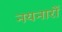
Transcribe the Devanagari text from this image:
नयनारों